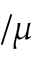
/ \mu